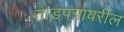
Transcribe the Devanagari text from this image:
ताडपत्रावरील